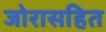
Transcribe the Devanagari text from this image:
जोरासहित